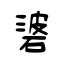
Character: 碆